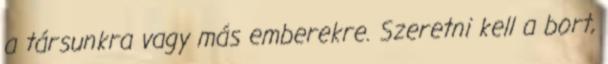
a társunkra vagy más emberekre. Szeretni kell a bort,